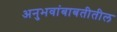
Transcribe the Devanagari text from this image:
अनुभवांबाबतीतील